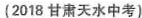
(2018 甘肃天水中考)